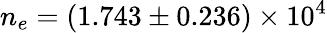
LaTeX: n_{e}=(1.743\pm 0.236)\times 10^{4}